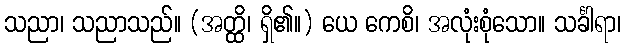
သညာ၊ သညာသည်။ (အတ္ထိ၊ ရှိ၏။) ယေ ကေစိ၊ အလုံးစုံသော။ သင်္ခါရာ၊